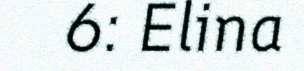
6: Elina